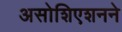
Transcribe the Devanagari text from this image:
असोशिएशनने